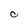
Character: C